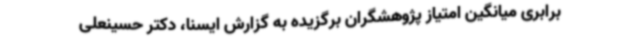
برابری میانگین امتیاز پژوهشگران برگزیده به ‌گزارش ایسنا، دکتر حسینعلی